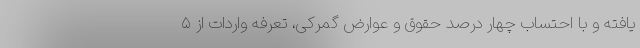
یافته و با احتساب چهار درصد حقوق و عوارض گمرکی، تعرفه واردات از ۵